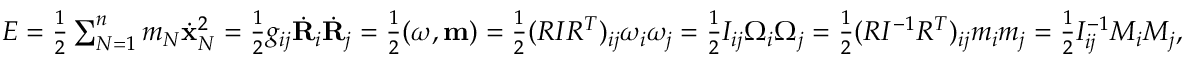
\begin{array} { r } { E = \frac 1 2 \sum _ { N = 1 } ^ { n } m _ { N } \dot { \bf x } _ { N } ^ { 2 } = \frac 1 2 g _ { i j } \dot { \bf R } _ { i } \dot { \bf R } _ { j } = \frac 1 2 ( { \boldsymbol \omega } , { \bf m } ) = \frac 1 2 ( R I R ^ { T } ) _ { i j } \omega _ { i } \omega _ { j } = \frac 1 2 I _ { i j } \Omega _ { i } \Omega _ { j } = \frac 1 2 ( R I ^ { - 1 } R ^ { T } ) _ { i j } m _ { i } m _ { j } = \frac 1 2 I _ { i j } ^ { - 1 } M _ { i } M _ { j } , } \end{array}